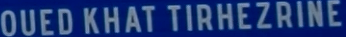
OUED KHAT TIRHEZRINE